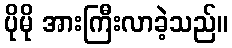
ပိုမို အားကြီးလာခဲ့သည်။